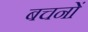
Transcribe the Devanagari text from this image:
बचनों